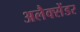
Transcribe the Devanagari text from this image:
अलैक्सेंडर